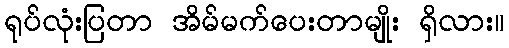
ရုပ်လုံးပြတာ အိမ်မက်ပေးတာမျိုး ရှိလား။